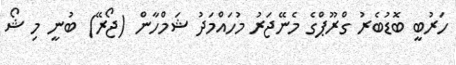
ހަރުބީ ބޮޑުބެރު ގްރޫޕްގެ މެނޭޖަރު މުހައްމަދު ޝަމްހާން (ޖޯރޭ) ބުނީ މި ޝޯ